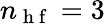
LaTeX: n_{\mathrm{~h~f~}}=3